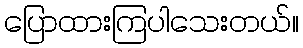
ပြောထားကြပါသေးတယ်။